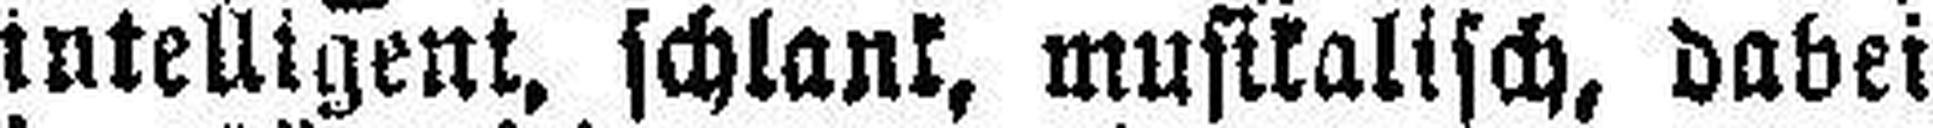
intelligent, schlank, musikalisch, dabei